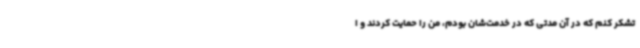
تشکر کنم که در آن مدتی که در خدمت‌شان بودم، من را حمایت کردند و ا